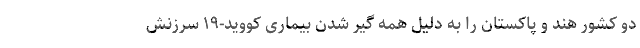
دو کشور هند و پاکستان را به دلیل همه گیر شدن بیماری کووید-۱۹ سرزنش